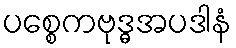
ပစ္စေကဗုဒ္ဓအပဒါနံ